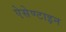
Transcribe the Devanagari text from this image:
ऐसेण्टाइन